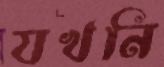
যখনি